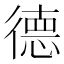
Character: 德